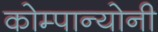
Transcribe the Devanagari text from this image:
कोम्पान्योनी